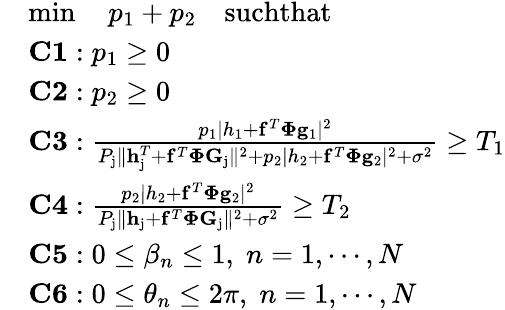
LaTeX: \begin{array}{rl}&{\operatorname*{min}\quad p_{1}+p_{2}\quad\textrm{suchthat}}\\ &{\mathbf{C1}:p_{1}\geq 0}\\ &{\mathbf{C2}:p_{2}\geq 0}\\ &{\mathbf{C3}:\frac{p_{1}\mid h_{1}+\mathbf{f}^{T}\mathbf{\Phi}\mathbf{g}_{1}\mid^{2}}{P_{\mathrm{j}}\| \mathbf{h}_{\mathrm{j}}^{T}+\mathbf{f}^{T}\mathbf{\Phi}\mathbf{G}_{\mathrm{j}}\| ^{2}+p_{2}\mid h_{2}+\mathbf{f}^{T}\mathbf{\Phi}\mathbf{g}_{2}\mid^{2}+\sigma^{2}}\geq T_{1}}\\ &{\mathbf{C4}:\frac{p_{2}\mid h_{2}+\mathbf{f}^{T}\mathbf{\Phi}\mathbf{g}_{2}\mid^{2}}{P_{\mathrm{j}}\| \mathbf{h}_{\mathrm{j}}+\mathbf{f}^{T}\mathbf{\Phi}\mathbf{G}_{\mathrm{j}}\| ^{2}+\sigma^{2}}\geq T_{2}}\\ &{\mathbf{C5}:0\leq\beta_{n}\leq 1,\; n=1,\cdots,N}\\ &{\mathbf{C6}:0\leq\theta_{n}\leq 2\pi,\; n=1,\cdots,N}\end{array}